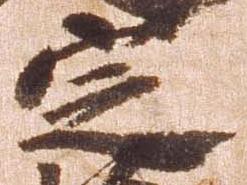
定